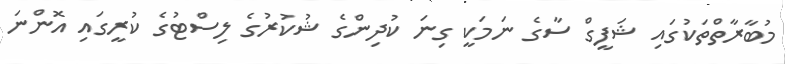
މުބާރާތްތަކުގައި ޝަފީގް ސާގެ ނަމަކީ ގިނަ ކުދިންގެ ޝުކުރުގެ ލިސްޓުގެ ކުރީގައި އޮންނަ